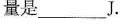
量 是___J.